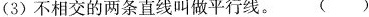
(3)不相交的两条直线叫做平行线。 ( )